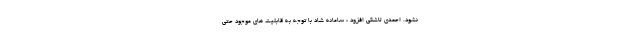
نشود. احمدی لاشکی افزود : سامانه شاد با توجه به قابلیت های موجود حتی